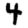
Digit: 4